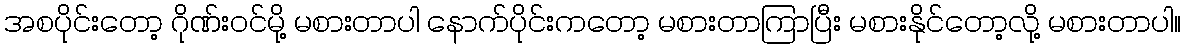
အစပိုင်းတော့ ဂိုဏ်းဝင်မို့ မစားတာပါ နောက်ပိုင်းကတော့ မစားတာကြာပြီး မစားနိုင်တော့လို့ မစားတာပါ။